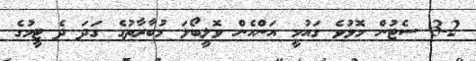
3-2 ސެޓުން މޮޅުވެ ގައުމީ އަންހެން ވޮލީބޯޅަ މުބާރާތުގެ ގަދަ ދެ ޓީމުގެ